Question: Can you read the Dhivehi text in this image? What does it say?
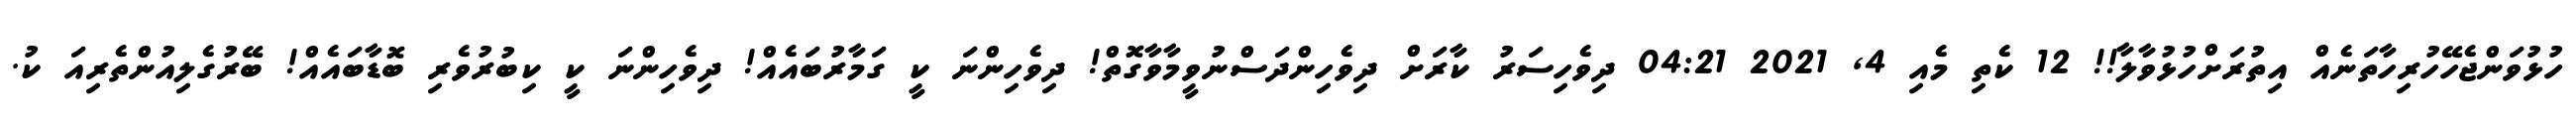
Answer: ހުޅުވަންޖެހޭހުރިހާތަނެއް އިތުރަށްހުޅުވާލާ!! 12 ކެތި މެއި 4, 2021 04:21 ދިވެހިސަރު ކާރަށް ދިވެހިންދަސްނުވީމާވާގޮތް! ދިވެހިންނަ ކީ ގަމާރުބައެއް! ދިވެހިންނަ ކީ ކިބުރުވެރި ބޮޑާބައެއް! ބޭރުގެލިއުންތެރިއަ ކު.